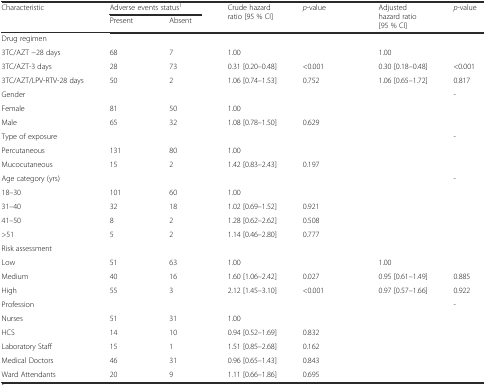
<table><thead><tr><td rowspan="2"><b>Characteristic</b></td><td colspan="2"><b>Adverse events status<sup>1</sup></b></td><td rowspan="2"><b>Crude hazard ratio [95 % CI]</b></td><td rowspan="2"><b><i>p</i>-value</b></td><td rowspan="2"><b>Adjusted hazard ratio [95 % CI]</b></td><td rowspan="2"><b><i>p</i>-value</b></td></tr><tr><td><b>Present</b></td><td><b>Absent</b></td></tr></thead><tbody><tr><td>Drug regimen</td><td></td><td></td><td></td><td></td><td></td><td></td></tr><tr><td>3TC/AZT −28 days</td><td>68</td><td>7</td><td>1.00</td><td></td><td>1.00</td><td></td></tr><tr><td>3TC/AZT-3 days</td><td>28</td><td>73</td><td>0.31 [0.20–0.48]</td><td>&lt;0.001</td><td>0.30 [0.18–0.48]</td><td>&lt;0.001</td></tr><tr><td>3TC/AZT/LPV-RTV-28 days</td><td>50</td><td>2</td><td>1.06 [0.74–1.53]</td><td>0.752</td><td>1.06 [0.65–1.72]</td><td>0.817</td></tr><tr><td>Gender</td><td></td><td></td><td></td><td></td><td></td><td>-</td></tr><tr><td>Female</td><td>81</td><td>50</td><td>1.00</td><td></td><td></td><td></td></tr><tr><td>Male</td><td>65</td><td>32</td><td>1.08 [0.78–1.50]</td><td>0.629</td><td></td><td></td></tr><tr><td>Type of exposure</td><td></td><td></td><td></td><td></td><td></td><td>-</td></tr><tr><td>Percutaneous</td><td>131</td><td>80</td><td>1.00</td><td></td><td></td><td></td></tr><tr><td>Mucocutaneous</td><td>15</td><td>2</td><td>1.42 [0.83–2.43]</td><td>0.197</td><td></td><td></td></tr><tr><td>Age category (yrs)</td><td></td><td></td><td></td><td></td><td></td><td>-</td></tr><tr><td>18–30</td><td>101</td><td>60</td><td>1.00</td><td></td><td></td><td></td></tr><tr><td>31–40</td><td>32</td><td>18</td><td>1.02 [0.69–1.52]</td><td>0.921</td><td></td><td></td></tr><tr><td>41–50</td><td>8</td><td>2</td><td>1.28 [0.62–2.62]</td><td>0.508</td><td></td><td></td></tr><tr><td>&gt;51</td><td>5</td><td>2</td><td>1.14 [0.46–2.80]</td><td>0.777</td><td></td><td></td></tr><tr><td>Risk assessment</td><td></td><td></td><td></td><td></td><td></td><td></td></tr><tr><td>Low</td><td>51</td><td>63</td><td>1.00</td><td></td><td>1.00</td><td></td></tr><tr><td>Medium</td><td>40</td><td>16</td><td>1.60 [1.06–2.42]</td><td>0.027</td><td>0.95 [0.61–1.49]</td><td>0.885</td></tr><tr><td>High</td><td>55</td><td>3</td><td>2.12 [1.45–3.10]</td><td>&lt;0.001</td><td>0.97 [0.57–1.66]</td><td>0.922</td></tr><tr><td>Profession</td><td></td><td></td><td></td><td></td><td></td><td>-</td></tr><tr><td>Nurses</td><td>51</td><td>31</td><td>1.00</td><td></td><td></td><td></td></tr><tr><td>HCS</td><td>14</td><td>10</td><td>0.94 [0.52–1.69]</td><td>0.832</td><td></td><td></td></tr><tr><td>Laboratory Staff</td><td>15</td><td>1</td><td>1.51 [0.85–2.68]</td><td>0.162</td><td></td><td></td></tr><tr><td>Medical Doctors</td><td>46</td><td>31</td><td>0.96 [0.65–1.43]</td><td>0.843</td><td></td><td></td></tr><tr><td>Ward Attendants</td><td>20</td><td>9</td><td>1.11 [0.66–1.86]</td><td>0.695</td><td></td><td></td></tr></tbody></table>